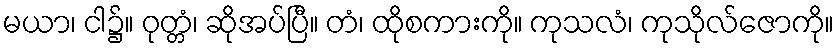
မယာ၊ ငါ၌။ ဝုတ္တံ၊ ဆိုအပ်ပြီ။ တံ၊ ထိုစကားကို။ ကုသလံ၊ ကုသိုလ်ဇောကို။